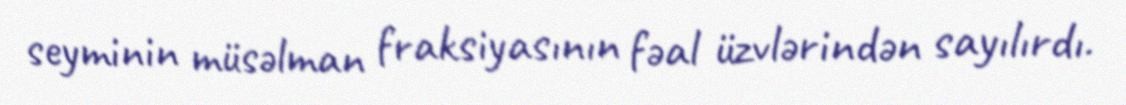
seyminin müsəlman fraksiyasının fəal üzvlərindən sayılırdı.